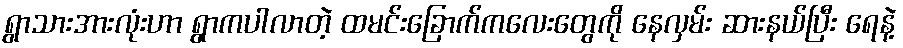
ရွာသားအားလုံးဟာ ရွာကပါလာတဲ့ ထမင်းခြောက်ကလေးတွေကို နေလှမ်း ဆားနယ်ပြီး ရေနဲ့